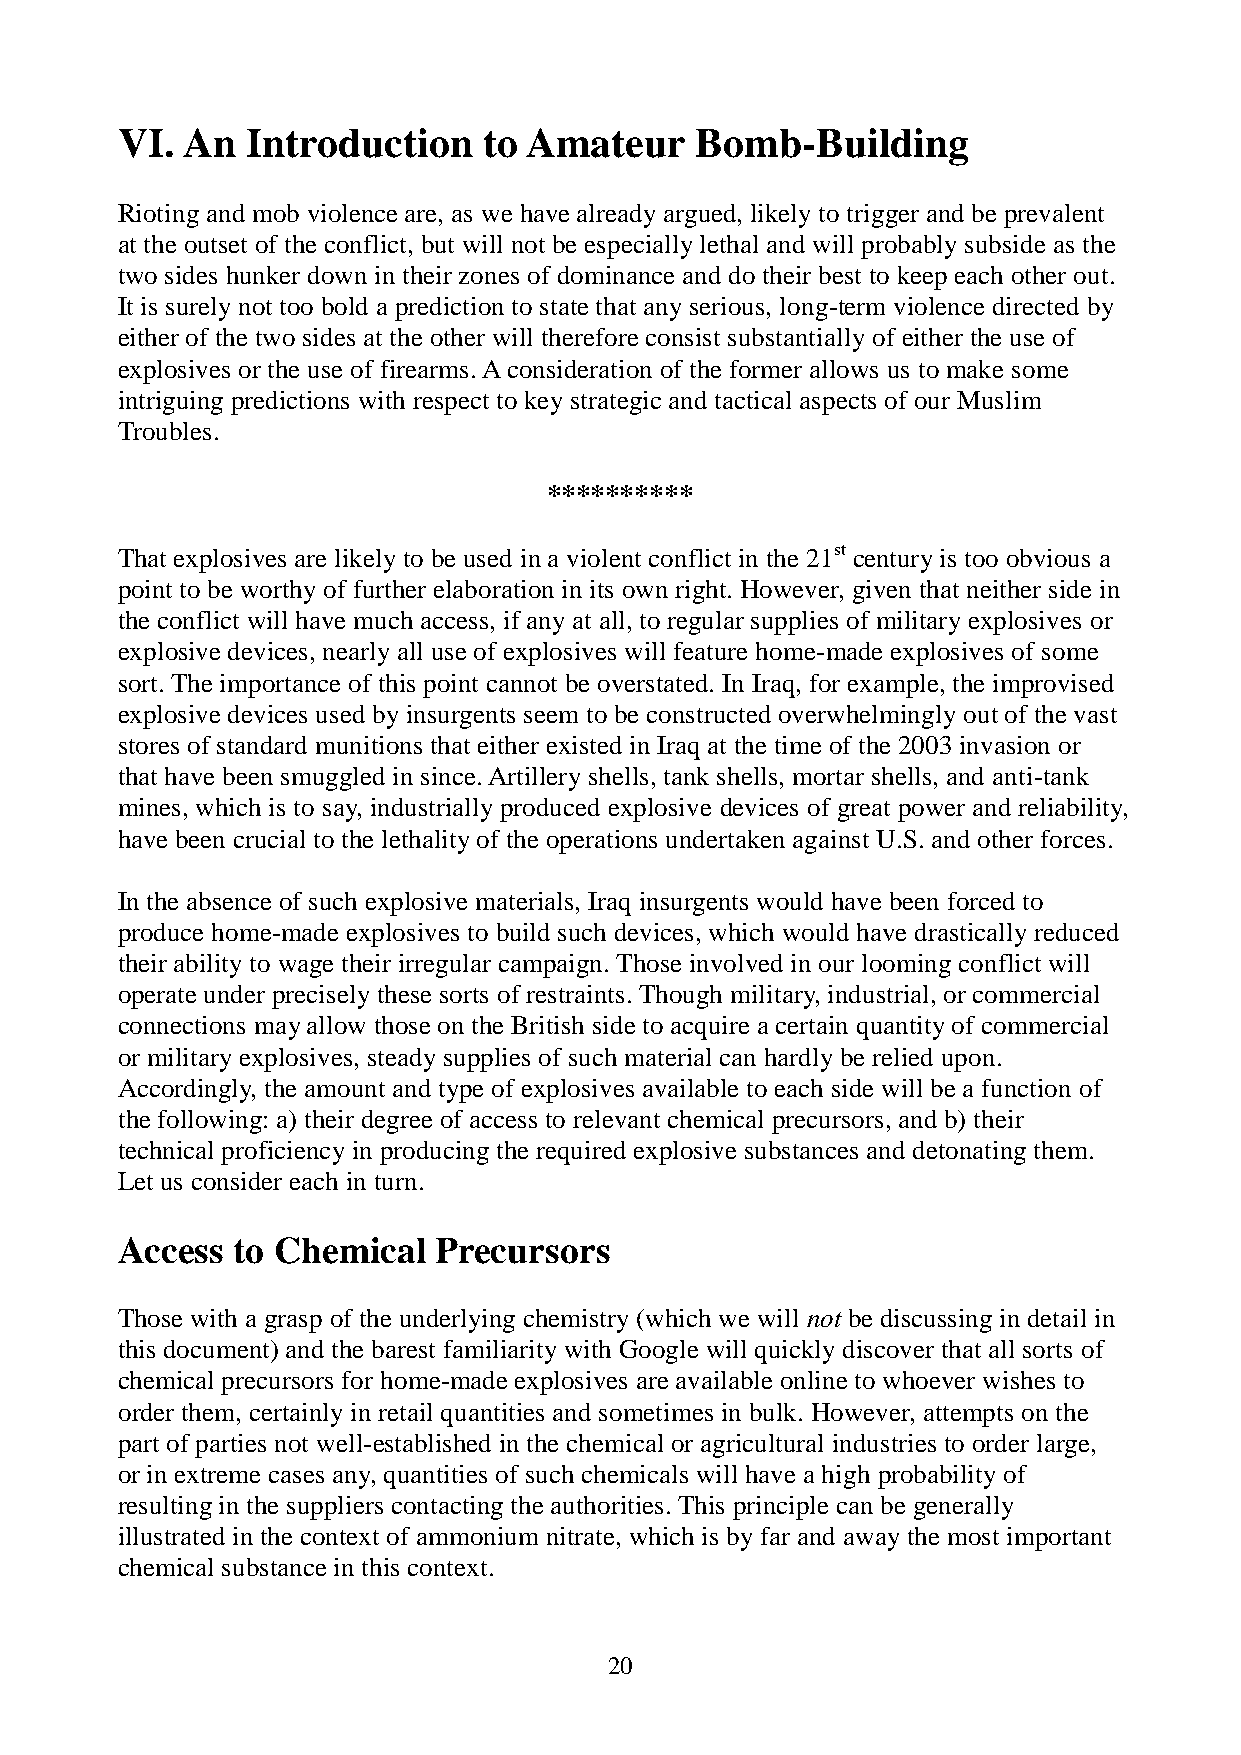
VI. An  Introduction    to Amateur    Bomb-Building
 Rioting and mob violence are, as we have already argued, likely to trigger and be prevalent
 at the outset of the conflict, but will not be especially lethal and will probably subside as the
 two sides hunker down in their zones of dominance and do their best to keep each other out.
 It is surely not too bold a prediction to state that any serious, long-term violence directed by
 either of the two sides at the other will therefore consist substantially of either the use of
 explosives or the use of firearms. A consideration of the former allows us to make some
 intriguing predictions with respect to key strategic and tactical aspects of our Muslim
 Troubles.
 **********
 That explosives are likely to be used in a violent conflict in the 21st century is too obvious a
 point to be worthy of further elaboration in its own right. However, given that neither side in
 the conflict will have much access, if any at all, to regular supplies of military explosives or
 explosive devices, nearly all use of explosives will feature home-made explosives of some
 sort. The importance of this point cannot be overstated. In Iraq, for example, the improvised
 explosive devices used by insurgents seem to be constructed overwhelmingly out of the vast
 stores of standard munitions that either existed in Iraq at the time of the 2003 invasion or
 that have been smuggled in since. Artillery shells, tank shells, mortar shells, and anti-tank
 mines, which is to say, industrially produced explosive devices of great power and reliability,
 have been crucial to the lethality of the operations undertaken against U.S. and other forces.
 In the absence of such explosive materials, Iraq insurgents would have been forced to
 produce home-made explosives to build such devices, which would have drastically reduced
 their ability to wage their irregular campaign. Those involved in our looming conflict will
 operate under precisely these sorts of restraints. Though military, industrial, or commercial
 connections may allow those on the British side to acquire a certain quantity of commercial
 or military explosives, steady supplies of such material can hardly be relied upon.
 Accordingly, the amount and type of explosives available to each side will be a function of
 the following: a) their degree of access to relevant chemical precursors, and b) their
 technical proficiency in producing the required explosive substances and detonating them.
 Let us consider each in turn.
 Access to Chemical   Precursors
 Those with a grasp of the underlying chemistry (which we will not be discussing in detail in
 this document) and the barest familiarity with Google will quickly discover that all sorts of
 chemical precursors for home-made explosives are available online to whoever wishes to
 order them, certainly in retail quantities and sometimes in bulk. However, attempts on the
 part of parties not well-established in the chemical or agricultural industries to order large,
 or in extreme cases any, quantities of such chemicals will have a high probability of
 resulting in the suppliers contacting the authorities. This principle can be generally
 illustrated in the context of ammonium nitrate, which is by far and away the most important
 chemical substance in this context.
 20